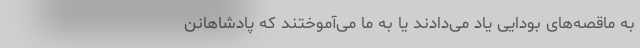
به ماقصه‌های بودایی یاد می‌دادند یا به ما می‌آموختند که پادشاهانن